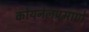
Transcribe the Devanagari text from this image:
कोयनेलप्रमाणे